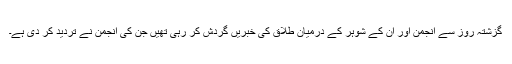
گزشتہ روز سے انجمن اور ان کے شوہر کے درمیان طلاق کی خبریں گردش کر رہی تھیں جن کی انجمن نے تردید کر دی ہے۔